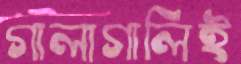
গালাগালিই